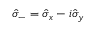
\hat { \sigma } _ { - } = \hat { \sigma } _ { x } - i \hat { \sigma } _ { y }